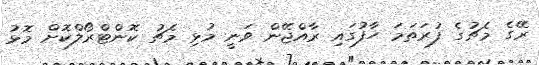
ރޭގެ މެޗުގެ ފުރަތަމަ ހާފުގައި ރާއްޖޭން ވަނީ މުޅި މެޗު ކޮންޓްރޯލްކޮށް މޮޅު